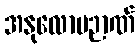
အနုလောမဉာဏ်